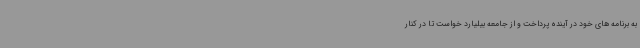
به برنامه های خود در آینده پرداخت و از جامعه بیلیارد خواست تا در کنار